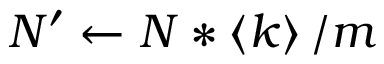
\quad { N ^ { \prime } \gets N * \left\langle k \right\rangle / m }